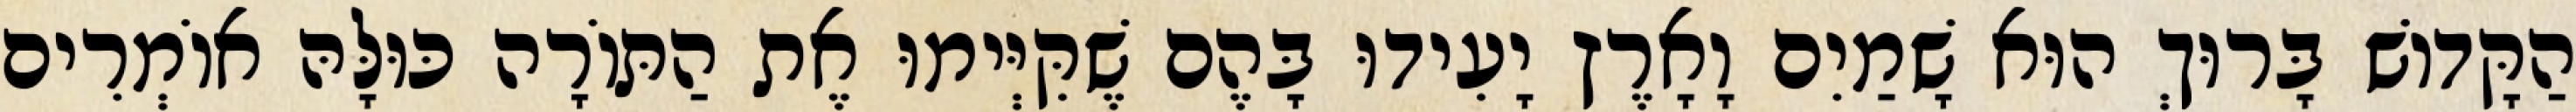
הַקָּדוֹשׁ בָּרוּךְ הוּא שָׁמַיִם וָאָרֶץ יָעִידוּ בָּהֶם שֶׁקִּיְּימוּ אֶת הַתּוֹרָה כּוּלָּהּ אוֹמְרִים